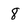
Character: 8